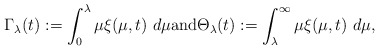
\begin{align*}\Gamma_{\lambda}(t):=\int_{0}^{\lambda}\mu\xi(\mu,t)\ d\mu \mbox{and}\Theta_{\lambda}(t):=\int_{\lambda}^{\infty}\mu\xi(\mu,t)\ d\mu,\end{align*}